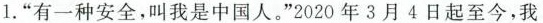
1. ”有一种安全，叫我是中国人。”2020年3月4日起至今，我